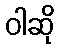
ဝါဆို